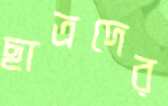
ছাত্রদের